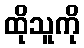
ထိုသူကို